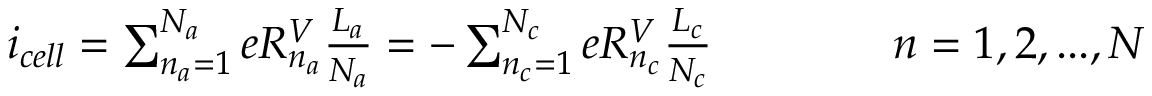
\begin{array} { r } { i _ { c e l l } = \sum _ { n _ { a } = 1 } ^ { N _ { a } } e R _ { n _ { a } } ^ { V } \frac { L _ { a } } { N _ { a } } = - \sum _ { n _ { c } = 1 } ^ { N _ { c } } e R _ { n _ { c } } ^ { V } \frac { L _ { c } } { N _ { c } } \qquad \qquad n = 1 , 2 , . . . , N } \end{array}